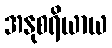
အနုစရိယာယ